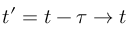
t ^ { \prime } = t - \tau \to t